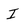
Character: I